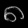
Digit: ၈